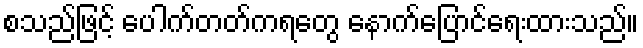
စသည်ဖြင့် ပေါက်တတ်ကရတွေ နောက်ပြောင်ရေးထားသည်။